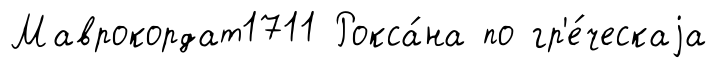
Маврокордат1711 Рокса́на по гр'е́ческаjа